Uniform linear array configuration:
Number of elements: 16
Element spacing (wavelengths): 1
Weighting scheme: cosine
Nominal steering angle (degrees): -60
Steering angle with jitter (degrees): -61.908
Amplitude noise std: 0.05
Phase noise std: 0.05

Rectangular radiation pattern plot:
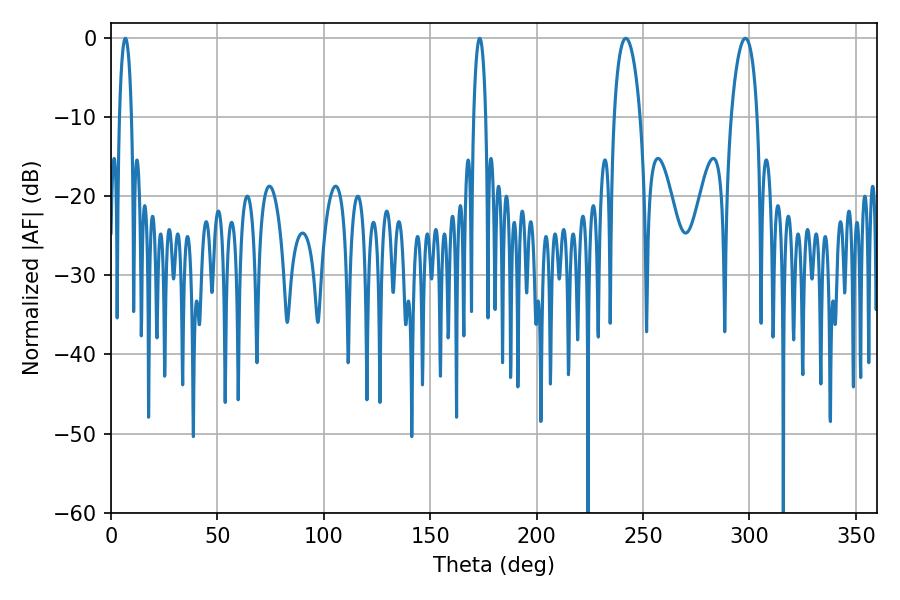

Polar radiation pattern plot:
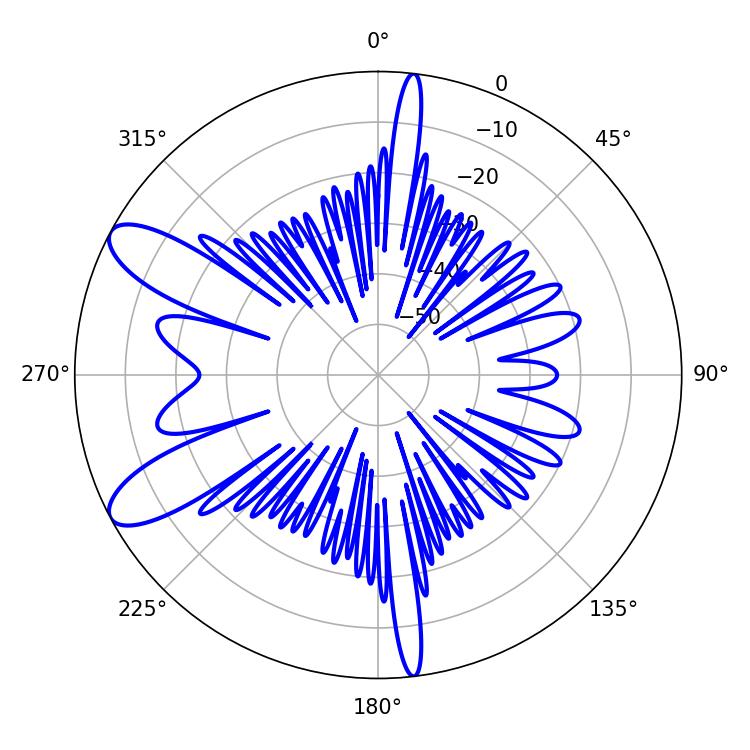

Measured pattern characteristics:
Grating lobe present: TRUE
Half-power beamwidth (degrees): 6.84
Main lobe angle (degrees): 241.92